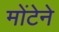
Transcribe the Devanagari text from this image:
मोंटेने